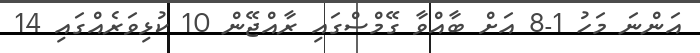
އަންނަ މަހު 1-8 އަށް ބާއްވާ ގޭމްސްގައި ރާއްޖޭން 10 ކުޅިވަރެއްގައި 14